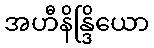
အဟီနိန္ဒြိယော